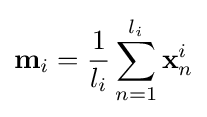
\mathbf {m} _{i}={\frac {1}{l_{i}}}\sum _{n=1}^{l_{i}}\mathbf {x} _{n}^{i}